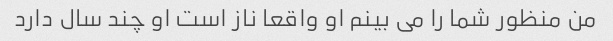
من منظور شما را می بینم او واقعا ناز است او چند سال دارد